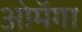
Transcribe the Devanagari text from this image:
ओमॅगा